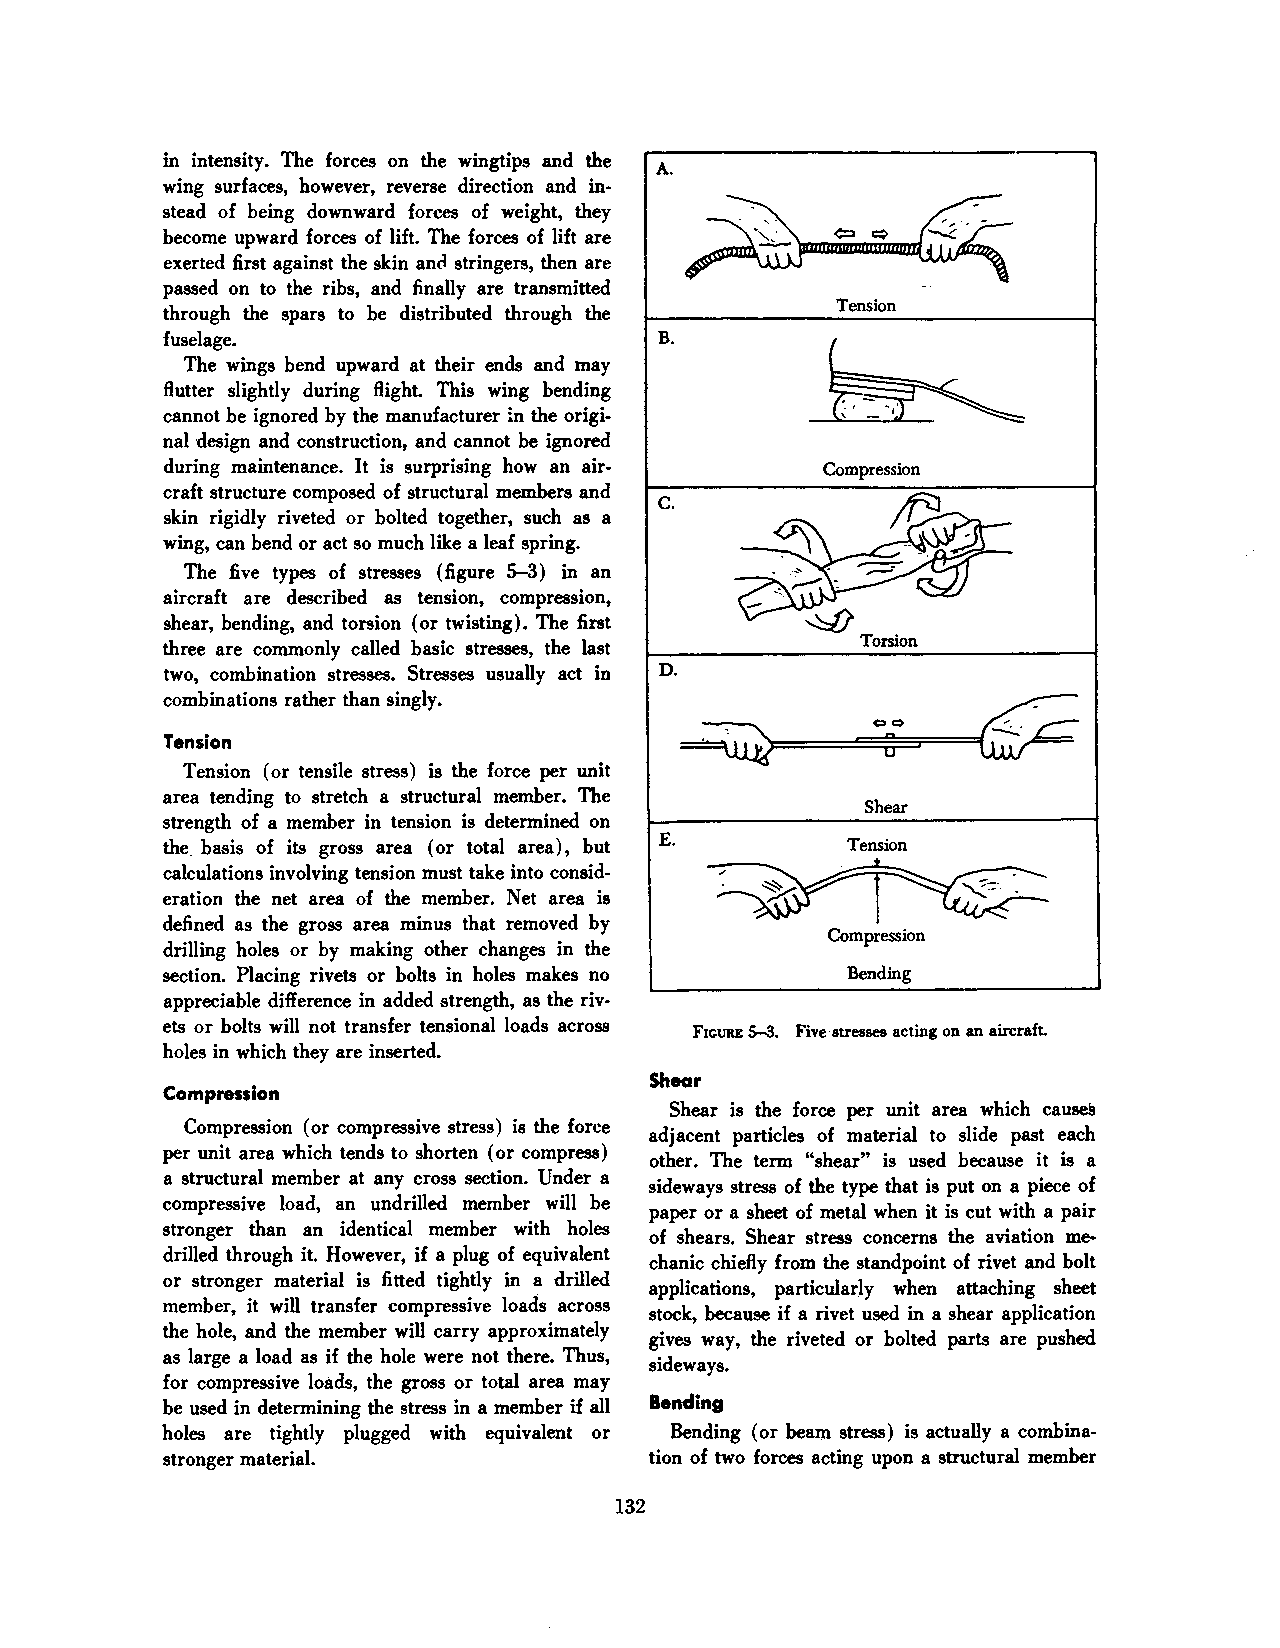
in intensity. The forces on the wingtips and the A.
 wing surfaces, however, reverse direction and in
 stead of being downward forces of weight, they
 become upward forces of lift. The forces of lift are
 exerted first against the skin an<l stringers, then are
 passed on to the ribs, and finally are transmitted
 through the spars to be distributed through the
 fuselage.                        B.
 The wings bend upward at their ends and may
 flutter slightly during flight. This wing bending
 m
 cannot be ignored by the manufacturer the origi
 nal design and construction, and cannot be ignored
 during maintenance. It is surprising how an air Compression
 craft structure composed of structural members and c.
 skin rigidly riveted or bolted together, such as a
 wing, can bend or act so much like a leaf spring.
 The five types of stresses (figure S-3) in an
 aircraft are described as tension, compression,
 shear, bending, and torsion (or twisting). The first
 three are commonly called basic stresses, the last
 D.
 two, combination stresses. Stresses usually act in
 combinations rather than singly.
 Tension
 Tension (or tensile stress) is the force per unit
 area tending to stretch a structural member. The
 Shear
 strength of a member in tension is determined on
 the. basis of its gross area (or total area), but E. Tension
 calculations involving tension must take into consid
 eration the net area of the member. Net area is
 defined as the gross area minus that removed by
 Compression
 drilling holes or by making other changes in the
 section. Placing rivets or bolts in holes makes no Bending
 appreciable difference in added strength, as the riv
 ets or bolts will not transfer tensional loads across Frcuu 5-3. Five·atressea acting on an aircraft.
 holes in which they are inserted.
 Shear
 Compression
 Shear is the force per unit area which cause&
 Compression (or compressive stress) is the force
 adjacent particles of material to slide past each
 per unit area which tends to shorten (or compress)
 other. The term "shear" is used because it is a
 a structural member at any cross section. Under a
 sideways stress of the type that is put on a piece of
 compressive load, an undrilled member will be
 paper or a sheet of metal when it is cut with a pair
 stronger than an identical member with holes
 of shears. Shear stress concerns the aviation me·
 drilled through it. However, if a plug of equivalent
 chanic chiefly from the standpoint of rivet and bolt
 or stronger material is fitted tightly in a drilled
 applications, particularly when attaching sheet
 member, it will transfer compressive loads across
 stock, because if a rivet used in a shear application
 the hole, and the member will carry approximately
 gives way, the riveted or bolted parts are pushed
 as large a load as if the hole were not there. Thus,
 sideways.
 for compressive loads, the gross or total area may
 be used in determining the stress in a member if all Bending
 holes are tightly plugged with equivalent or Bending (or beam stress) is actually a combina
 stronger material.              tion of two forces acting upon a structural member
 132